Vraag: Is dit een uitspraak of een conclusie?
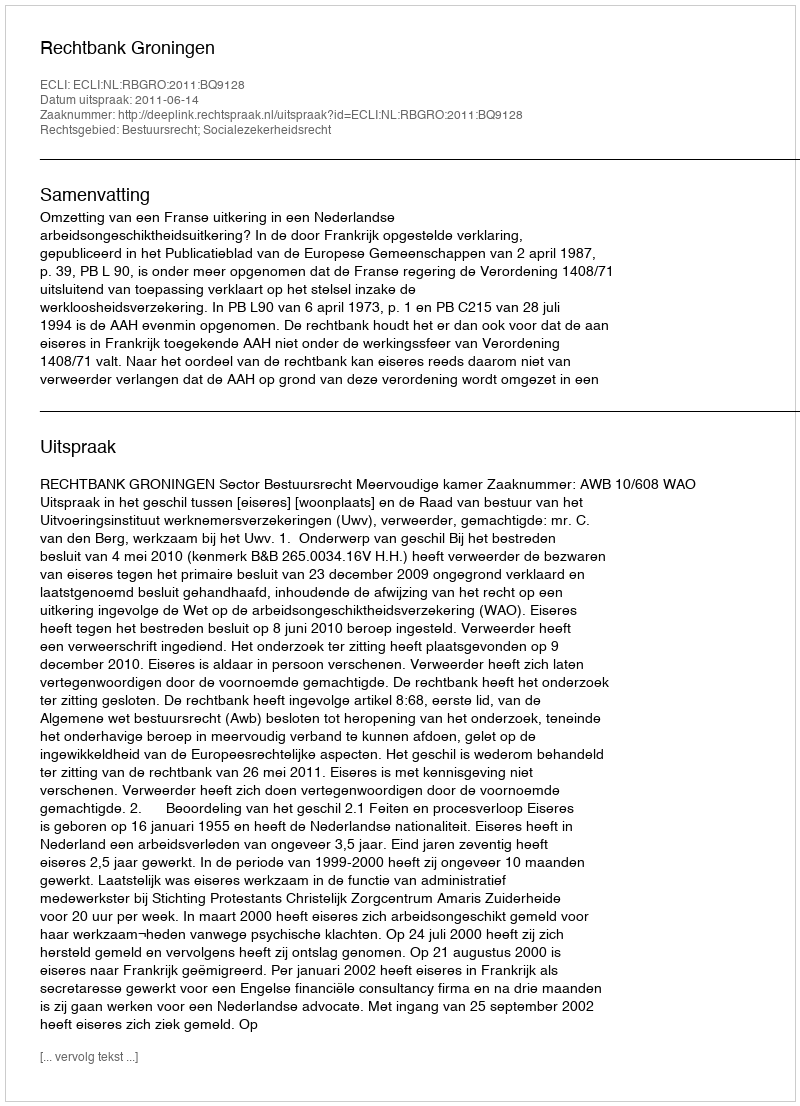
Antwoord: Uitspraak